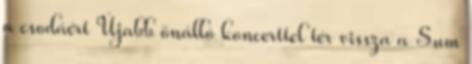
a csodáért Újabb önálló koncerttel tér vissza a Sum